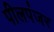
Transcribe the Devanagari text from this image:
पीलपंजर